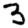
Digit: 3